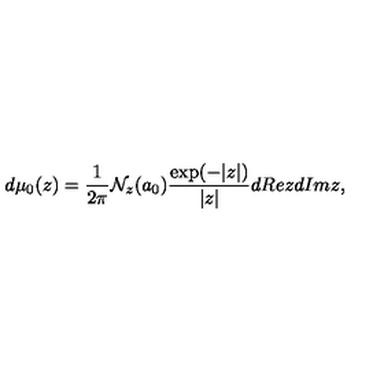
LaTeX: d \mu _ { 0 } ( z ) = { \frac { 1 } { 2 \pi } } { \cal N } _ { z } ( a _ { 0 } ) { \frac { \exp ( - | z | ) } { | z | } } d R e z d I m z ,